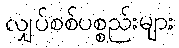
လျှပ်စစ်ပစ္စည်းများ